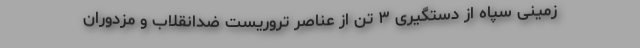
زمینی سپاه ‌از دستگیری ۳ تن از عناصر تروریست ضد‌انقلاب و مزدوران